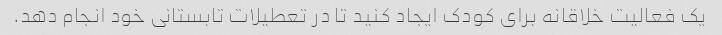
یک فعالیت خلاقانه برای کودک ایجاد کنید تا در تعطیلات تابستانی خود انجام دهد.